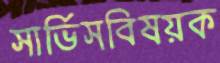
সার্ভিসবিষয়ক